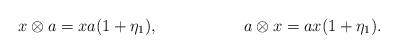
LaTeX: \begin{align*}x\otimes a & = xa(1+\eta_1), & a\otimes x &= a x(1+\eta_1).\end{align*}